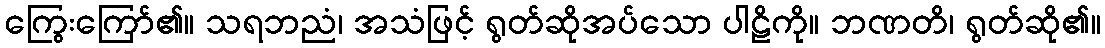
ကြွေးကြော်၏။ သရဘညံ၊ အသံဖြင့် ရွတ်ဆိုအပ်သော ပါဠိကို။ ဘဏတိ၊ ရွတ်ဆို၏။